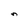
Character: n